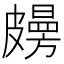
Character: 𥀤